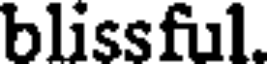
blissful.